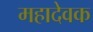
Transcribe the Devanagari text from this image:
महादेवक